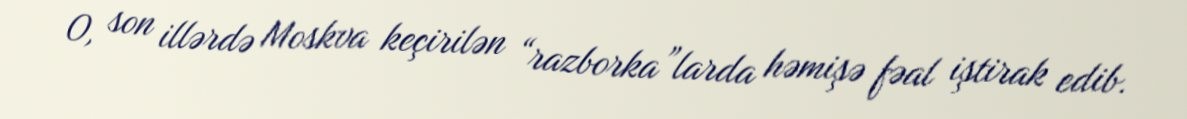
O, son illərdə Moskva keçirilən “razborka”larda həmişə fəal iştirak edib.